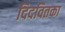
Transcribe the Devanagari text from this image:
दिदवितका